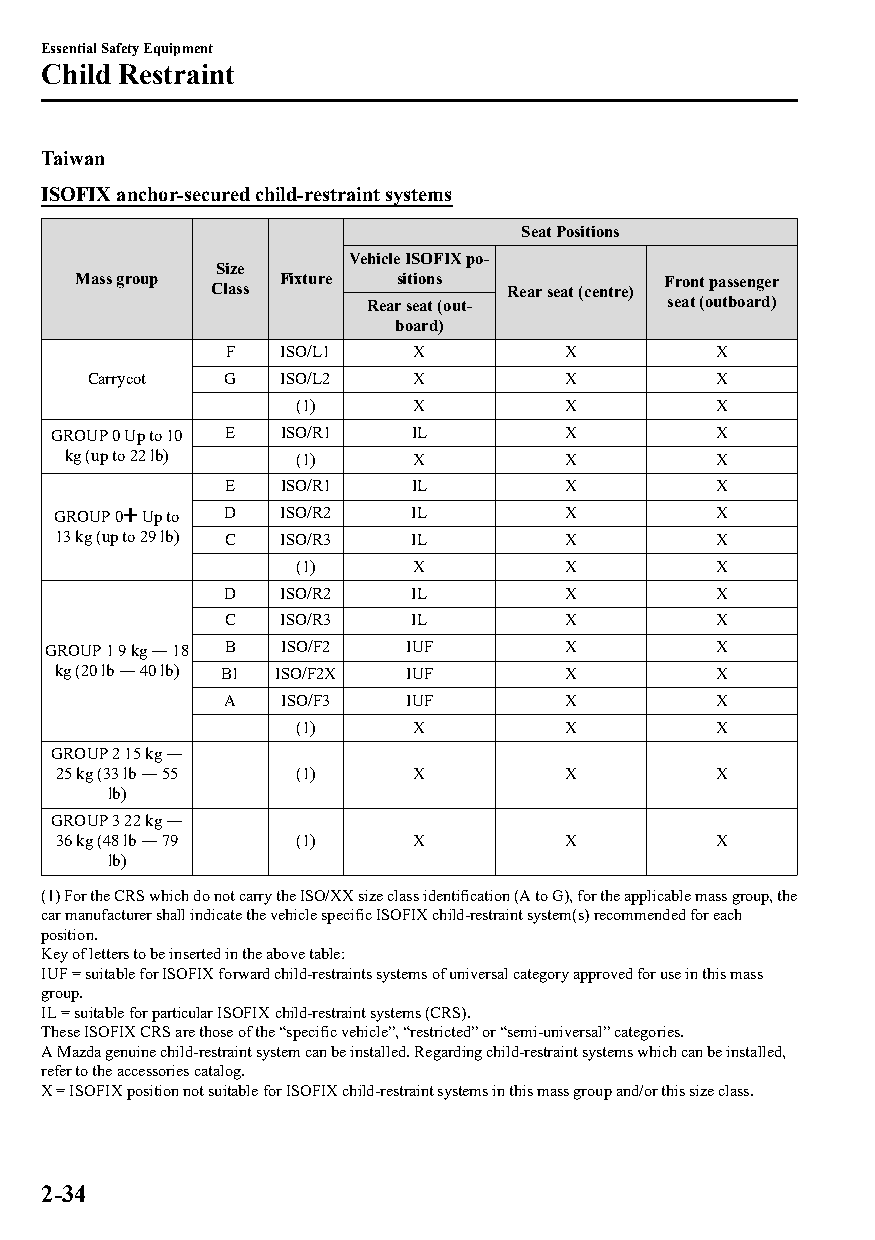
Essential Safety Equipment
 Child Restraint
 Taiwan
 ISOFIX anchor-secured child-restraint systems
 Seat Positions
 Vehicle ISOFIX po‐
 Size
 Mass group   Fixture sitions           Front passenger
 Class              Rear seat (centre)
 Rear seat (out‐     seat (outboard)
 board)
 F  ISO/L1   X         X         X
 Carrycot G  ISO/L2   X         X         X
 (1)     X         X         X
 GROUP 0 Up to 10 E ISO/R1 IL      X         X
 kg (up to 22 lb) (1)   X         X         X
 E  ISO/R1   IL        X         X
 GROUP 0 Up to D ISO/R2  IL        X         X
 13 kg (up to 29 lb) C ISO/R3 IL   X         X
 (1)     X         X         X
 D  ISO/R2   IL        X         X
 C  ISO/R3   IL        X         X
 GROUP 1 9 kg ― 18 B ISO/F2 IUF    X         X
 kg (20 lb ― 40 lb) B1 ISO/F2X IUF X         X
 A  ISO/F3   IUF       X         X
 (1)     X         X         X
 GROUP 2 15 kg ―
 25 kg (33 lb ― 55 (1)   X         X         X
 lb)
 GROUP 3 22 kg ―
 36 kg (48 lb ― 79 (1)   X         X         X
 lb)
 (1) For the CRS which do not carry the ISO/XX size class identification (A to G), for the applicable mass group, the
 car manufacturer shall indicate the vehicle specific ISOFIX child-restraint system(s) recommended for each
 position.
 Key of letters to be inserted in the above table:
 IUF = suitable for ISOFIX forward child-restraints systems of universal category approved for use in this mass
 group.
 IL = suitable for particular ISOFIX child-restraint systems (CRS).
 These ISOFIX CRS are those of the “specific vehicle”, “restricted” or “semi-universal” categories.
 A Mazda genuine child-restraint system can be installed. Regarding child-restraint systems which can be installed,
 refer to the accessories catalog.
 X = ISOFIX position not suitable for ISOFIX child-restraint systems in this mass group and/or this size class.
 2-34
 CX-3_8GT4-EE-18D_Edition4                  2018-9-6 18:32:19